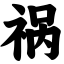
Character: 祸